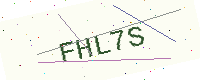
Text: FHL7S